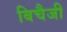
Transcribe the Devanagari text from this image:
बिचैजी